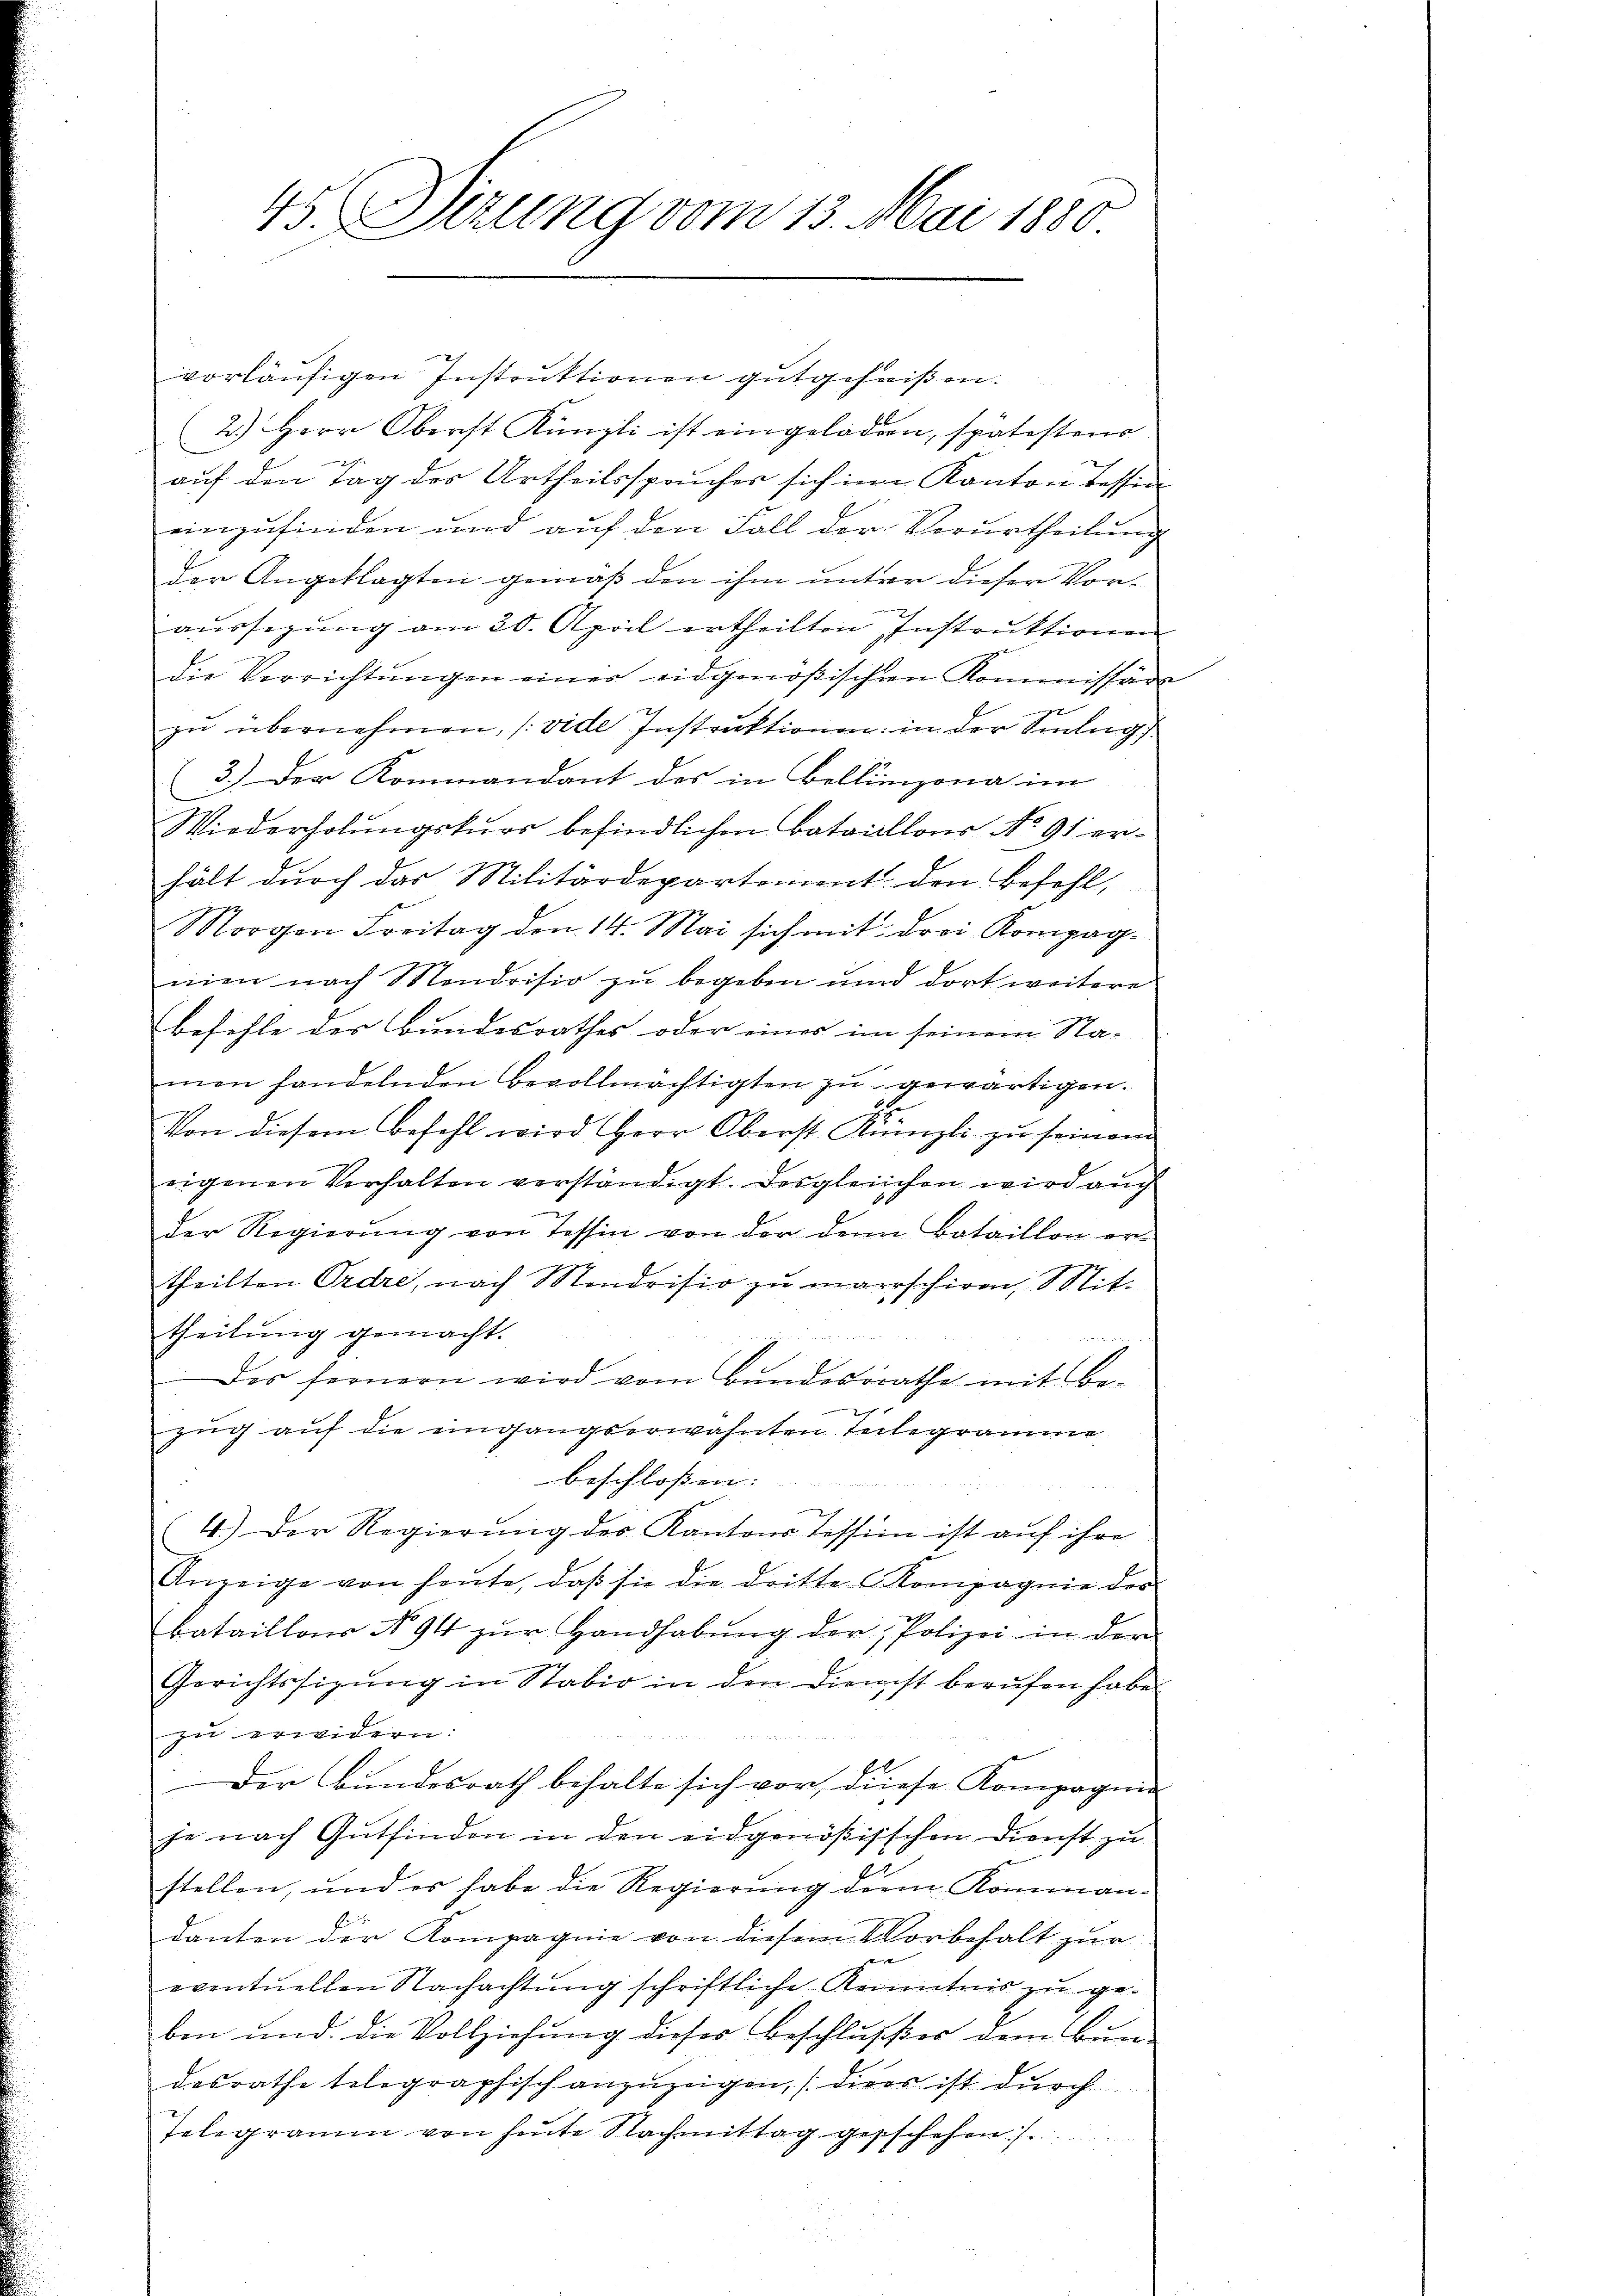
vorläufigen Instruktionen gutgeheißen.
2.) Herr Oberst Künzli ist eingeladen, spätesten
auf den Tag des Urtheilsspruches sich im Kanton Tessin
einzufinden und aŭf den Fall der Verurtheilŭng
der Angeklagten gemäß den ihm unter dieser Voraussezung am 20. April ertheilten Instruktionen
die Verrichtungen einer eidgenößischen Kommissäre
x
zu übernehmen, (vide Instruktionen: in der Silug
3.) Der Kommandant des in Bellinzona im
Wiederholungskurs befindlichen Bataillons No 91 erhält durch das Militärdepartoment. Den Befehl,
Morgen Freitag den 14. Mai sich mit drei Kompagnien nach Mendrisio zu begeben und dort weitere
befehle der Bundesrathes oder eines im seinem Na-
men handelnden Bevollmächtigten zŭ gewärtigen.
.
Von diesem Befehl wird Herr Oberst Künzli zu seinem
eigenen Verhalten verständigt. Desgleichen wird auch
der Regierŭng von Tessin von der denn Bataillon er-
theilten Ordre, nach Mondrisio zu marschiren, Mit-
theilung gemacht.

Des fernern wird vom Bundesrathe mit Be-
zug auf die eingangserwähnten Teilegramme
beschlossen:
4.) Der Regierung des Kantons Tessin ist auf ihre
Anzeige von heŭte, daβ sie die dritte Kompagnie des
Bataillons No 94 zŭr Handhabŭng der Polizei in der
Gerichtssizung in Stabio in den Dienst berufen habe.
zu erwidern:
Der Bundesrath behalte sich vor diese Kompagni
je nach Gutfinden in den eidgenößisschen Dienst zu
stellen, und er habe die Regierŭng dem Komman
danten der Kompagnie von diesem Vorbehalt zur
eventuellen Nachachtung schriftliche Kenntnis zu geben und die Vollziehung dieser Beschlusser dem Bundesrathe telegraphisch anzuzeigen, (dies ist durch
Telegramm von heŭte Nachmittag geschehen. /.

45. Sizung vom 13. Mai 1880